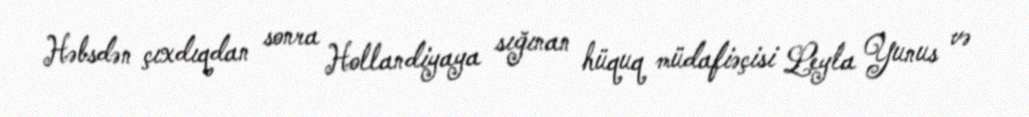
Həbsdən çıxdıqdan sonra Hollandiyaya sığınan hüquq müdafiəçisi Leyla Yunus və